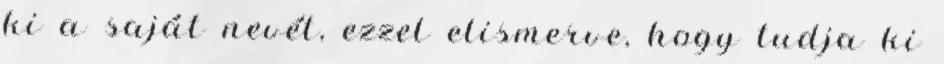
ki a saját nevét, ezzel elismerve, hogy tudja ki